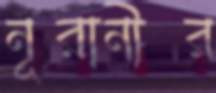
নূরানীর